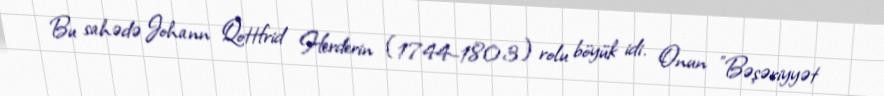
Bu sahədə Johann Qottfrid Herderin (1744–1803) rolu böyük idi. Onun "Bəşəriyyət